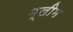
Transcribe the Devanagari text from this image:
ग्लीम